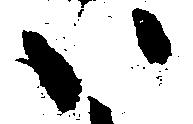
い